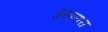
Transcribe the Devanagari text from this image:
पुराप्पारा